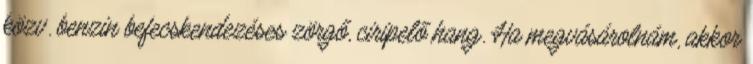
közv. benzin befecskendezéses zörgő, ciripelő hang. Ha megvásárolnám, akkor